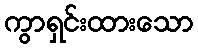
ကွာရှင်းထားသော